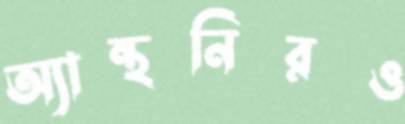
অ্যান্থনিরও